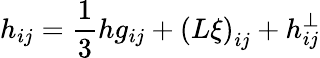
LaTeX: h_{ij}=\frac 13hg_{ij}+\left(L\xi\right)_{ij}+h_{ij}^{\bot}